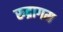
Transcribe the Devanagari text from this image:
रुद्रागम